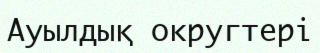
Ауылдық округтері